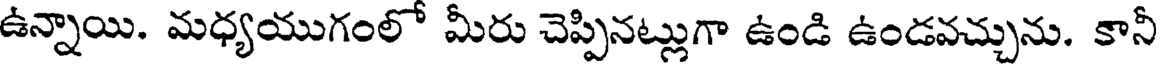
ఉన్నాయి. మధ్యయుగంలో మీరు చెప్పినట్లుగా ఉండి ఉండవచ్చును. కానీ